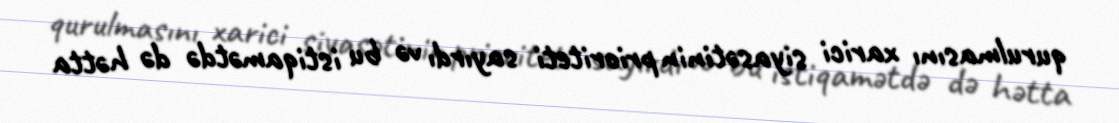
qurulmasını xarici siyasətinin prioriteti sayırdı və bu istiqamətdə də hətta